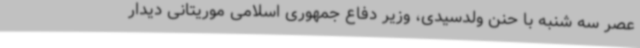
عصر سه شنبه با حنن ولدسیدی، وزیر دفاع جمهوری اسلامی موریتانی دیدار